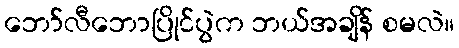
ဘော်လီဘောပြိုင်ပွဲက ဘယ်အချိန် စမလဲ။